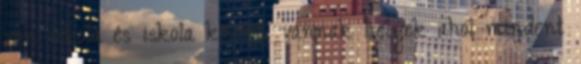
van iskola és iskola között. vannak helyek ahol mindent